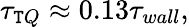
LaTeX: \tau_{\mathtt{T}Q}\approx0.13\tau_{wall},